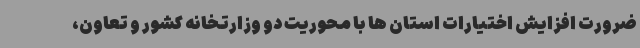
ضرورت افزایش اختیارات استان ها با محوریت دو وزارتخانه کشور و تعاون،